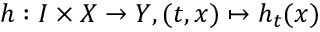
h : I \times X \to Y , ( t , x ) \mapsto h _ { t } ( x )